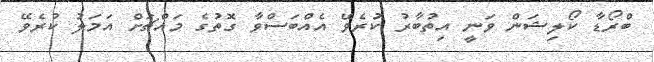
ބްރޯޑާ ކޯލިޝަން ވަނީ އިތުބާރު ކުރެވޭ އެއްބަސްވާ ގޮތުގެ މައްޗަށް އަމަލު ކުރެވޭ